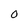
Character: O